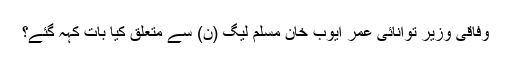
وفاقی وزیر توانائی عمر ایوب خان مسلم لیگ (ن) سے متعلق کیا بات کہہ گئے؟